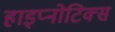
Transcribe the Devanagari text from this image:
हाइप्नोटिक्स